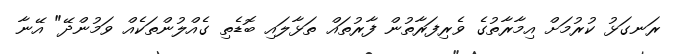
ރަނގަޅު ކުރުމަށް އިމާރާތުގެ ވެރިފަރާތުން ފާރުތައް ތަޅާލައި ބޮޑެތި ގެއްލުންތަކެއް ވަމުންދޭ" އޭނާ